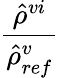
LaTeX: \frac{\hat{\rho}^{vi}}{\hat{\rho}_{ref}^{v}}